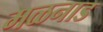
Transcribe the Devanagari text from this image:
मळनाड